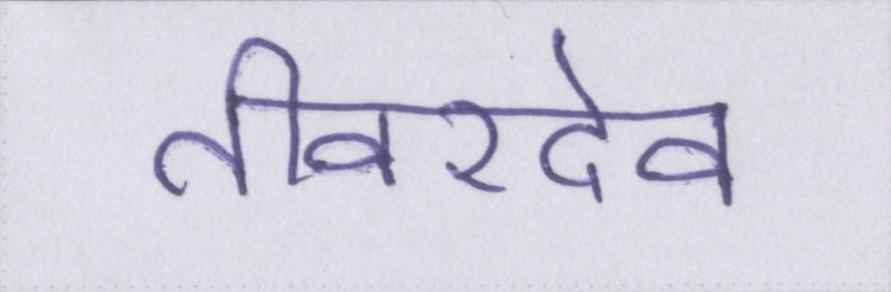
तीवरदेव